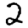
Digit: 2